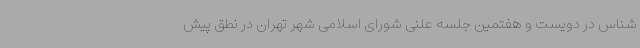
شناس در دویست و هفتمین جلسه علنی شورای اسلامی شهر تهران در نطق پیش